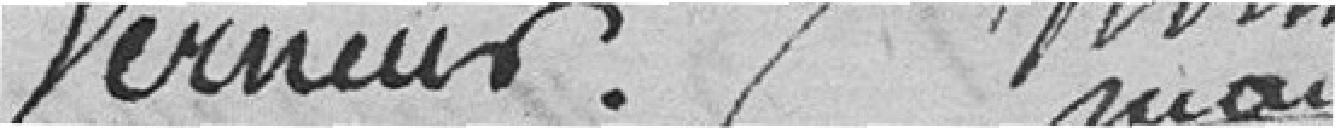
Verneur